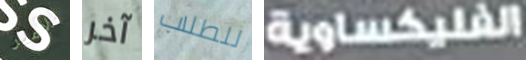
للأمير آخر للطلاب الفليكساوية